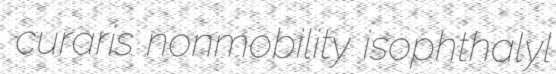
curaris nonmobility isophthalyl